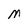
Character: M